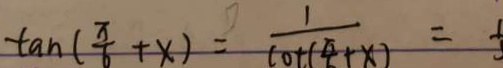
\tan ( \frac { \pi } { 6 } + x ) = \frac { 1 } { \cot ( \frac { \pi } { 6 } + x ) } =